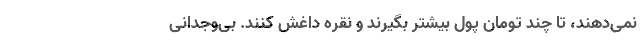
نمی‌دهند، تا چند تومان پول بیشتر بگیرند و نقره داغش کنند. بی‌وجدانی